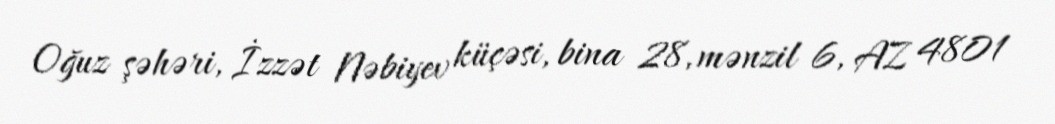
Oğuz şəhəri, İzzət Nəbiyev küçəsi, bina 28, mənzil 6, AZ 4801